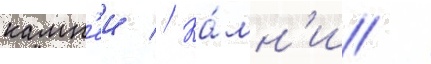
камн'еи // Ка́мн'и /